Report on lock hospitals in British Burma
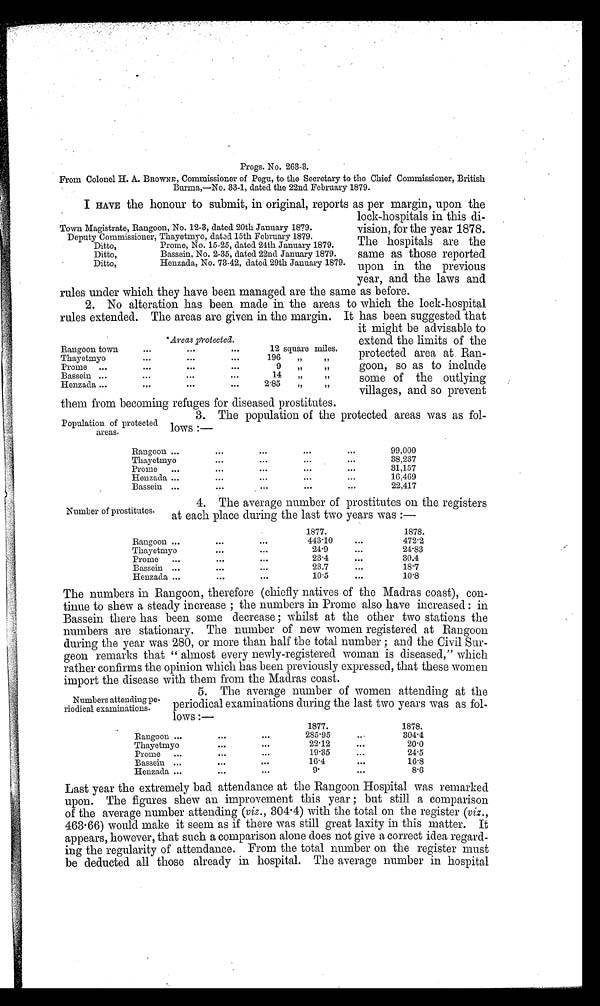
Progs. No. 263-3.
From Colonel H. A. BROWNE, Commissioner of Pegu, to the Secretary to the Chief Commissioner, British
Burma,—No. 33-1, dated. the 22nd February 1879.
I HAVE the honour to submit, in original, reports as per margin, upon the
lock-hospitals in this di
- v i s i o n , f o r t h e y e a r 1 8 7 8 .
The hospitals are the
same as those reported
upon in the previous
year, and the laws and
rules under which they have been managed are the same as before.
2. No alteration has been made in the areas to which the lock-hospital
rules extended. The areas are given in the margin. It has been suggested that
it might be advisable to
extend the limits of the
protected area at Ran-
goon, so as to include
some of the outlying
villages, and so prevent
them from becoming refuges for diseased prostitutes.
3. The population of the protected areas was as fol
-lows :—
Rangoon ...
. . .
...
. . .
. . .
99,000
Thayetmyo
...
. . .
. . .
. . .
38,237
Prome....
. . .
. . .
. . .
. . .
31,157
Henzada...
. . .
. . .
. . .
. . .
16,469
Bassein...
. . .
. . .
. . .
. . .
22,417
Town Magistrate, Rangoon, No. 12-3, dated 20th January 1879.
Deputy Commissioner, Thayetmyo, datad 15th February 1879.
Ditto,
Prome, No. 15-25, dated 24th January 1879.
Ditto,
Bassein, No. 2-35, dated 22nd January 1879.
Ditto,
Henzada, No. 73-42, dated 29th January 1879
*Areas protected.
Rangoon town
. . .
...
...
12 square miles.
Thayetmyo
. . .
. . .
. . .
196"
"
Prome...
. . .
. . .
. . .
9"
"
Bassein...
. . .
. . .
. . .
14"
"
Henzada ...
...
. . .
...
2.85"
"
Population of protected
areas.
Number of prostitutes.
4. The average number of prostitutes on the registers
at each place during the last two years was :—
1877.
1878.
Rangoon ...
. . .
. . .
443.10
. . .
472.2
Thayetmyo
...
...
24. 9.
. . .
24.83
Prome...
. . .
...
23.4
. . .
30.4
Bassein...
. . .
. . .
23.7
. . .
18.7
Henzada ...
...
. . .
10.5
...
10.8
The numbers in Rangoon, therefore (chiefly natives of the Madras coast), con
-tinue to shew a steady increase ; the numbers in Prome also have increased : in
Bassein there has been some decrease ; whilst at the other two stations the
numbers are stationary. The number of new women registered at Rangoon
during the year was 280, or more than half the total number ; and the Civil Sur
-geon remarks that " almost every newly-registered woman is diseased," which
rather confirms the opinion which has been previously expressed, that these women
import the disease with them from the Madras coast.
5. The average number of women attending at the
periodical examinations during the last two years was as fol
- l o w s .
1877.
1878.
Rangoon ...
. . .
•••
285.95
. . .
304.4
Thayetmyo
. . . .
. . .
22.12
...
20.0
Prome ...
. . .
. . .
19.35
...
24.5
Bassein ...
...
. . .
16.4
. . .
16.8
Henzada ...
. . .
. . .
9.
. . .
8.6
Last year the extremely bad attendance at the Rangoon Hospital was remarked
upon. The figures shew an improvement this year ; but still a comparison
of the average number attending ( viz ., 304.4) with the total on the register ( viz .,
463.66) would make it seem as if there was still great laxity in this matter. It
appears, however, that such a comparison alone does not give a correct idea regard
-ing the regularity of attendance. From the total number on the register must
be deducted all those already in hospital. The average number in hospital
Numbers attending pe
-riodical examinations.